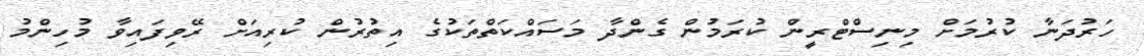
ހަރުދަނާ ކުރުމަށް މިނިސްޓްރީން ކުރަމުން ގެންދާ މަސައްކަތްތަކުގެ އިތުރުން ކުރިއަށް ރޭވިފައިވާ މުހިންމު